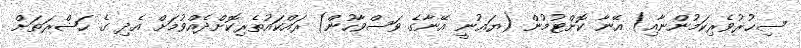
ސިޙުރުވެރިކަމުންނާއި) އޭނާ ކޮށްޓުމުން (ޔަޢުނީ އޭނާގެ ވަސްވާހުން) ރައްކައުތެރިކޮށްދެއްވުމަށް އެދި ގެ ޙަޟްރަތަށް